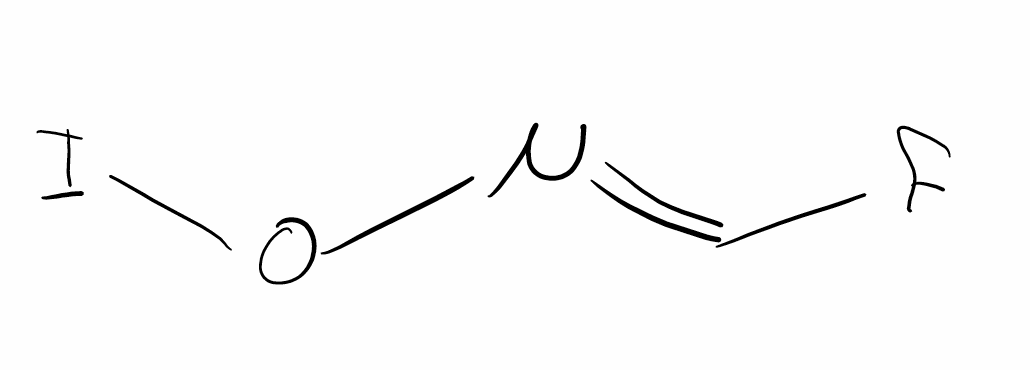
Simplified molecular-input line-entry system (SMILES) notation of the given molecule:
C(=N/OI)\F